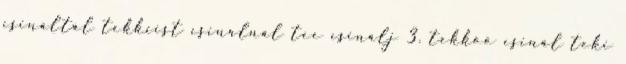
csináltál tekkiist csinálnál tee csinálj 3. tekköö csinál teki